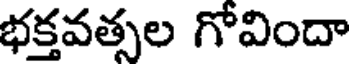
భక్తవత్సల గోవిందా